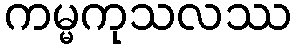
ကမ္မကုသလဿ